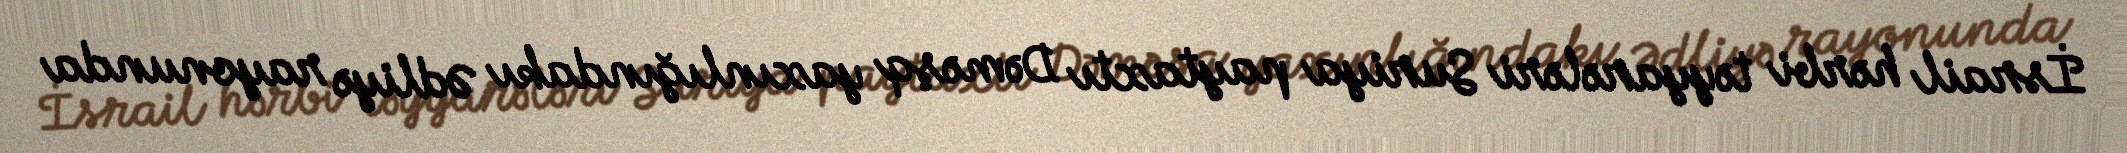
İsrail hərbi təyyarələri Suriya paytaxtı Dəməşq yaxınlığındakı Ədliyə rayonunda